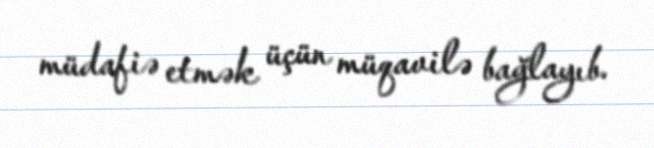
müdafiə etmək üçün müqavilə bağlayıb.